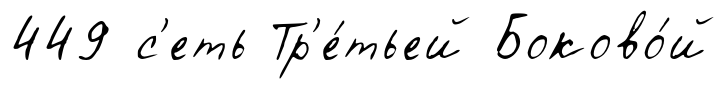
449 с'еть Тр'е́тьей Боково́й